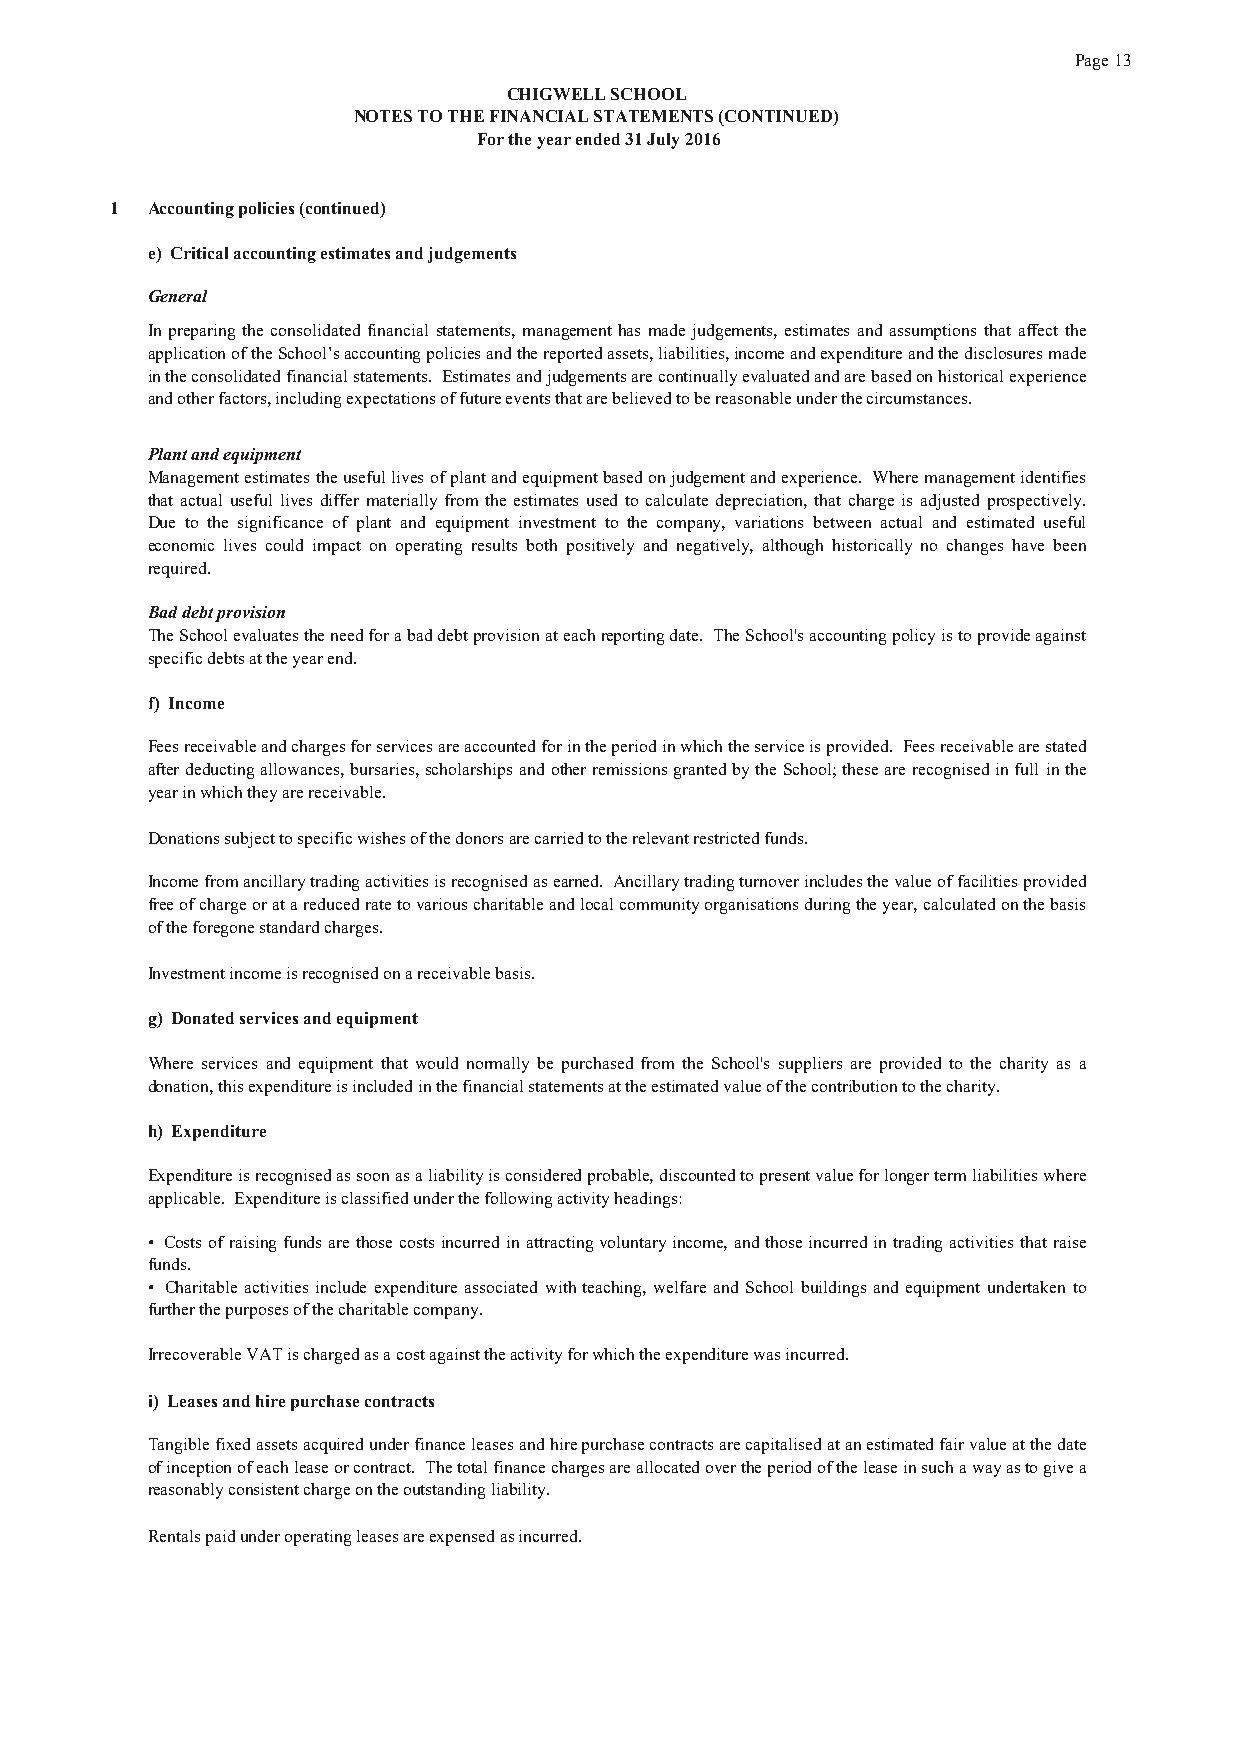
Page 13
 CHIGWELL SCHOOL
 NOTES TO THE FINANCIAL STATEMENTS (CONTINUED)
 For the year ended 31 July 2016
 1  Accounting policies (continued)
 e) Critical accounting estimates and judgements
 General
 In preparing the consolidated financial statements, management has made judgements, estimates and assumptions that affect the
 applicationoftheSchool’saccountingpoliciesandthereportedassets,liabilities,incomeandexpenditureandthedisclosuresmade
 intheconsolidatedfinancialstatements. Estimatesandjudgementsarecontinuallyevaluatedandarebasedonhistoricalexperience
 and other factors, including expectations of future events that are believed to be reasonable under the circumstances.
 Plant and equipment
 Managementestimatestheusefullivesofplantandequipmentbasedonjudgementandexperience. Wheremanagementidentifies
 that actual useful lives differ materially fromthe estimates used to calculate depreciation, that charge is adjusted prospectively.
 Due to the significance of plant and equipment investment to the company, variations between actual and estimated useful
 economic lives could impact on operating results both positively and negatively, although historically no changes have been
 required.
 Bad debt provision
 TheSchoolevaluatestheneedforabaddebtprovisionateachreportingdate. TheSchool'saccountingpolicyistoprovideagainst
 specific debts at the year end.
 f) Income
 Feesreceivableandchargesforservicesareaccountedforintheperiodinwhichtheserviceisprovided. Feesreceivablearestated
 afterdeductingallowances,bursaries,scholarshipsandotherremissionsgrantedbytheSchool;thesearerecognisedinfullinthe
 year in which they are receivable.
 Donations subject to specific wishes of the donors are carried to the relevant restricted funds.
 Incomefromancillarytradingactivitiesisrecognisedasearned. Ancillarytradingturnoverincludesthevalueoffacilitiesprovided
 freeofchargeoratareducedratetovariouscharitableandlocalcommunityorganisationsduringtheyear,calculatedonthebasis
 of the foregone standard charges.
 Investment income is recognised on a receivable basis.
 g) Donated services and equipment
 Where services and equipment that would normally be purchased from the School's suppliers are provided to the charity as a
 donation, this expenditure is included in the financial statements at the estimated value of the contribution to the charity.
 h) Expenditure
 Expenditureisrecognisedassoonasaliabilityisconsideredprobable,discountedtopresentvalueforlongertermliabilitieswhere
 applicable. Expenditure is classified under the following activity headings:
 • Costsofraisingfundsarethosecostsincurredinattractingvoluntaryincome,andthoseincurredintradingactivitiesthatraise
 funds.
 • Charitable activities include expenditure associated with teaching, welfare and School buildings and equipment undertaken to
 further the purposes of the charitable company.
 Irrecoverable VAT is charged as a cost against the activity for which the expenditure was incurred.
 i) Leases and hire purchase contracts
 Tangiblefixedassetsacquiredunderfinanceleasesandhirepurchasecontractsarecapitalisedatanestimatedfairvalueatthedate
 ofinceptionofeachleaseorcontract. Thetotalfinancechargesareallocatedovertheperiodoftheleaseinsuchawayastogivea
 reasonably consistent charge on the outstanding liability.
 Rentals paid under operating leases are expensed as incurred.